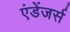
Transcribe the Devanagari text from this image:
एंडेंजर्स